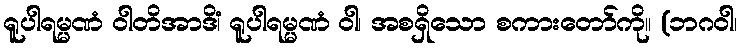
ရူပါရမ္မဏံ ဝါတိအာဒိံ၊ ရူပါရမ္မဏံ ဝါ၊ အစရှိသော စကားတော်ကို။ (ဘဂဝါ၊